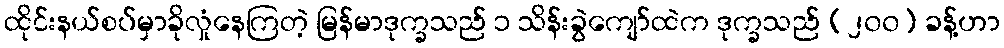
ထိုင်းနယ်စပ်မှာခိုလှုံနေကြတဲ့ မြန်မာဒုက္ခသည် ၁ သိန်းခွဲကျော်ထဲက ဒုက္ခသည် (၂၀၀) ခန့်ဟာ